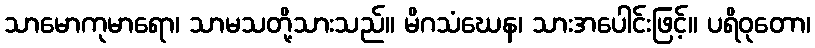
သာမောကုမာရော၊ သာမသတို့သားသည်။ မိဂသံဃေန၊ သားအပေါင်းဖြင့်။ ပရိဝုတော၊